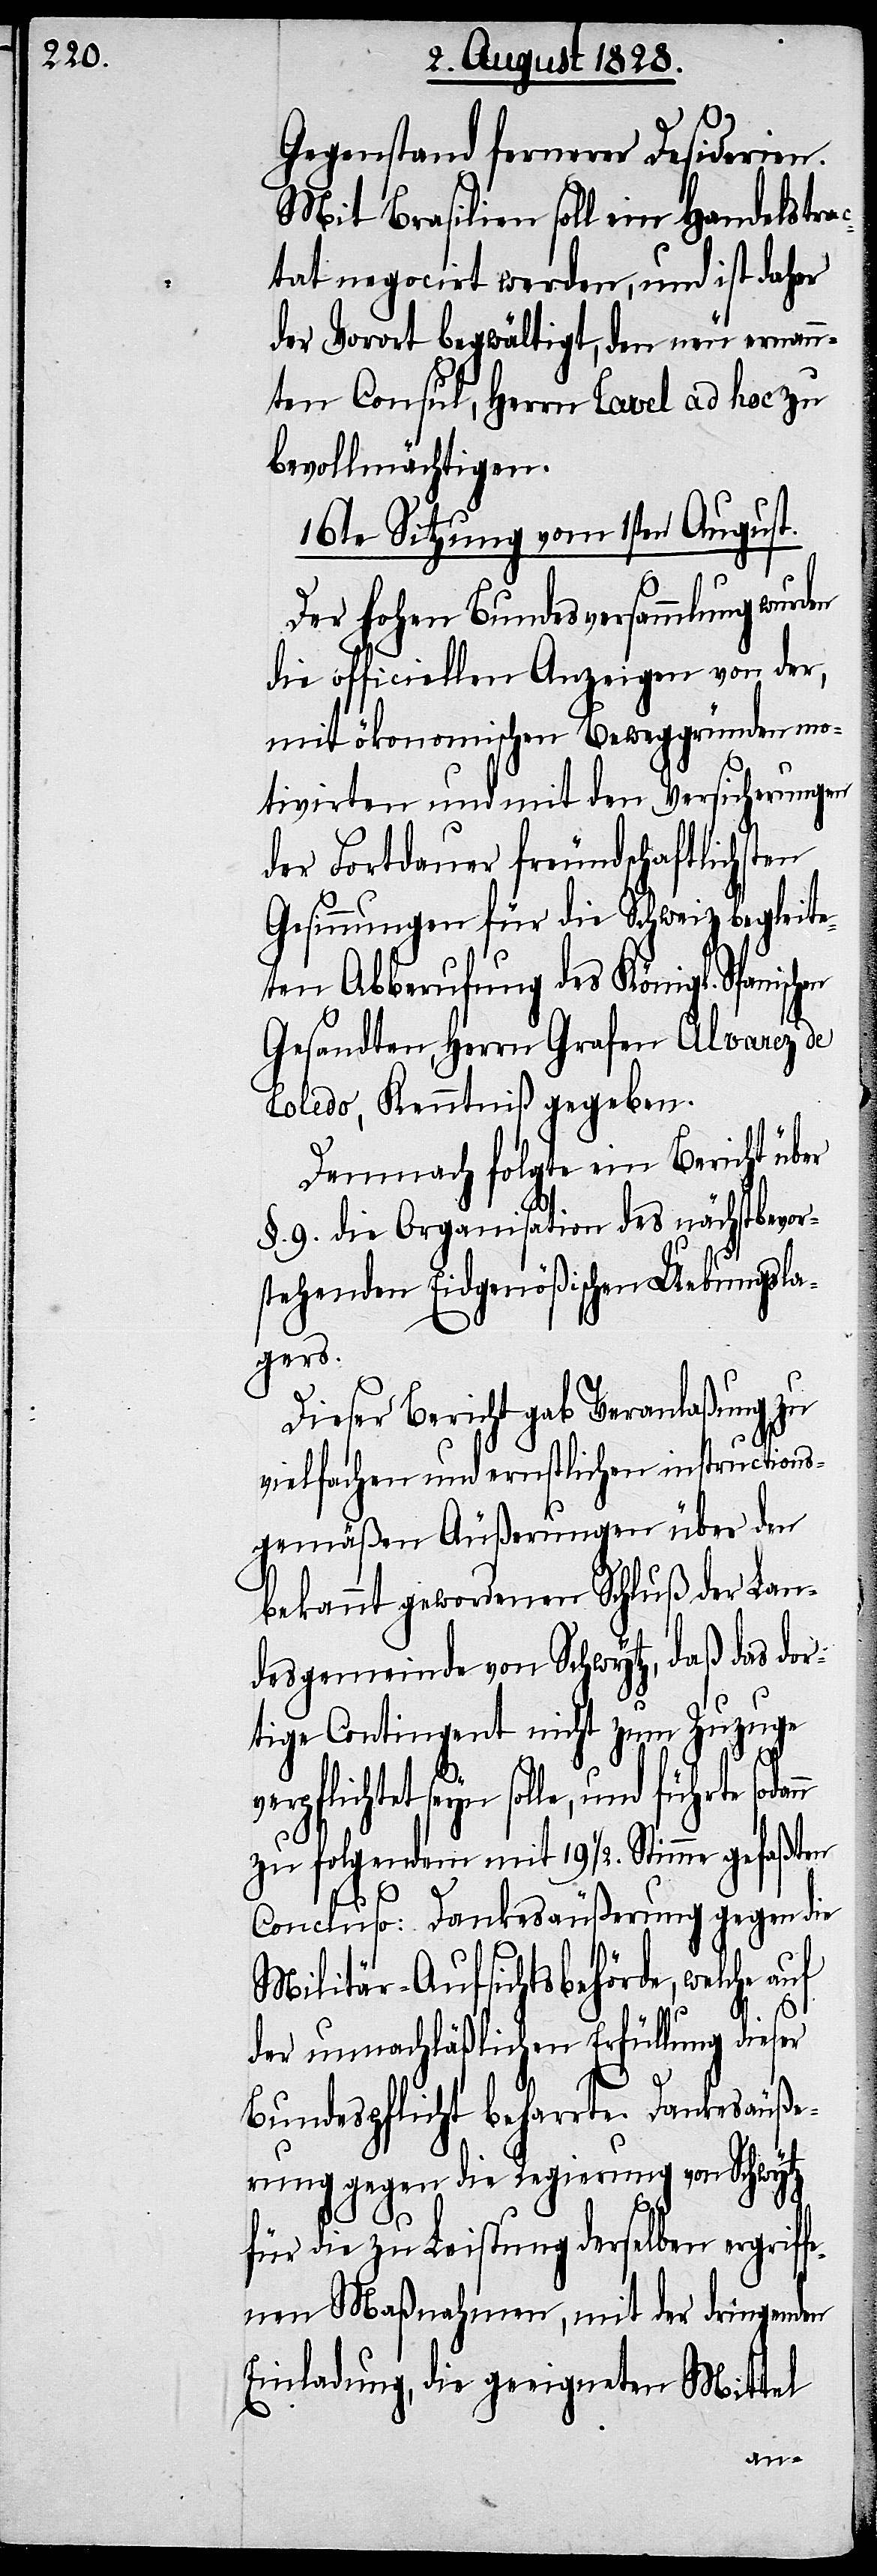
Gegenstand fernerer Desiderien.
Mit Brasilien soll ein Handelstrac¬
tat negocirt werden, und ist daher
der Vorort begwältigt, den neu ernan¬
nten Consul, Herrn Tavel ad hoc zu
bevollmächtigen.
16te Sitzung vom 1sten August.
Der hohen Bundesversammlung wurd¬
die officiellen Anzeigen von der,
mit ökonomischen Beweggründen mo¬
tivirten und mit den Versicherungen
der Fortdauer freundschaftlichsten
Gesinnungen für die Schweiz begleite¬
ten Abberufung des Königl. Spanisch¬
n
Gesandten, Herrn Grafen Alvarez de
Toledo, Kenntniß gegeben.
Demnach folgte ein Bericht über
§. 9. die Organisation des nächstbevor¬
stehenden Eidgenößischen Uebungsla¬
gers.
Dieser Bericht gab Veranlaßung zu
vielfachen und ernstlichen instructions¬
gemäßen Äußerungen über den
bekannt gewordenen Schluß der Lan¬
desgemeinde von Schwytz, daß das dor¬
tige Contigent nicht zum Zuzuge
verpflichtet seyn solle, und führte sodan¬
zu folgendem mit 191/2. Stimme gefaßten
Concluso: Dankesäußerung gegen die
Militär-Aufsichtsbehörde, welche
der unnachläßlichen Erfüllung dieser
Bundespflicht beharrte. Dankesäuße¬
rung gegen die Regierung von Schwytz
für die zu Leistung derselben ergriff¬
enen Maßnahmen, mit der dringenden
Einladung, die geeigneten Mittel
en